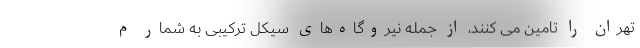
تهران را تامین می کنند، از جمله نیروگاه‌های سیکل ترکیبی به شمار م